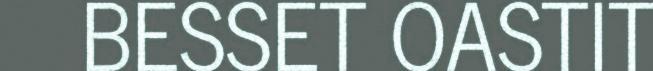
BESSET OASTIT